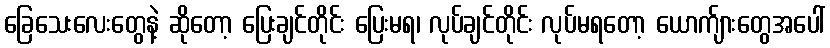
ခြေသေးလေးတွေနဲ့ ဆိုတော့ ပြေးချင်တိုင်း ပြေးမရ၊ လုပ်ချင်တိုင်း လုပ်မရတော့ ယောက်ျားတွေအပေါ်